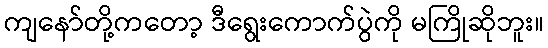
ကျနော်တို့ကတော့ ဒီရွေးကောက်ပွဲကို မကြိုဆိုဘူး။